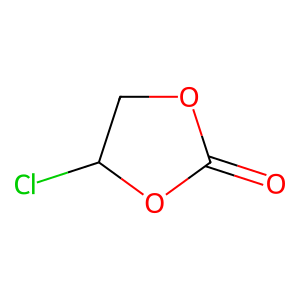
SMILES: O=C1OCC(Cl)O1
Inhibits HIV replication: No